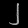
Digit: ၂